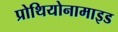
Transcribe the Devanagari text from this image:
प्रोथियोनामाइड